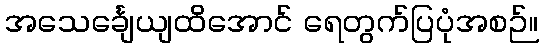
အသေင်္ချေယျထိအောင် ရေတွက်ပြပုံအစဉ်။